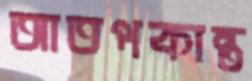
আতপকান্ত